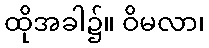
ထိုအခါ၌။ ဝိမလာ၊